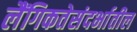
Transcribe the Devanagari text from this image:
लैंगिकतेसंदर्भातील